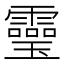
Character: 𩆜